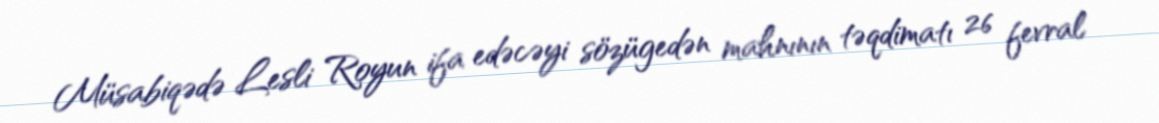
Müsabiqədə Lesli Royun ifa edəcəyi sözügedən mahnının təqdimatı 26 fevral